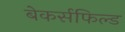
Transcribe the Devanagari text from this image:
बेकर्सफिल्ड